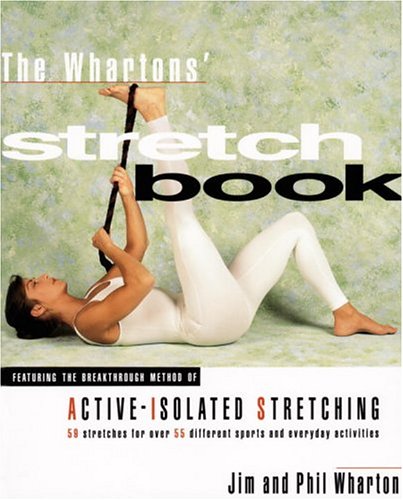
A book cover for The Whartons' Stretch Book; Jim Wharton; Health, Fitness & Dieting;